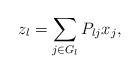
LaTeX: \begin{align*}z_l=\sum_{j\in G_l} P_{lj} x_j,\end{align*}